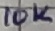
Text: 10K